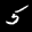
Label: 5